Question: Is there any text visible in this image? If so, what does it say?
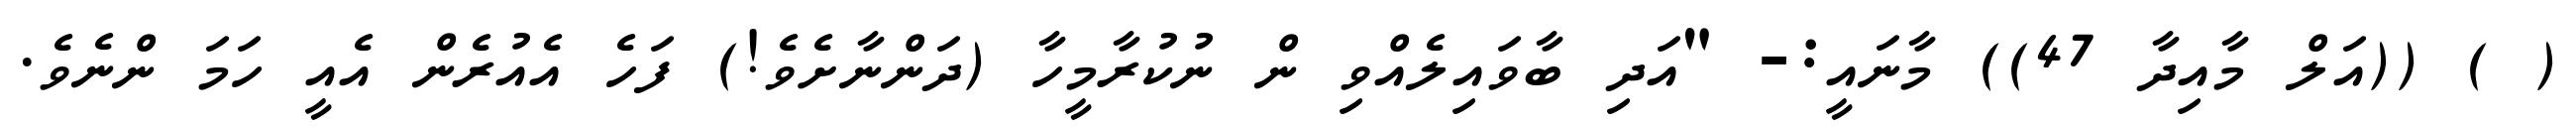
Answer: ( ) ((އަލް މާއިދާ 47)) މާނައީ:- "އަދި ބާވައިލެއްވި ން ނުކުރާމީހާ (ދަންނާށެވެ!) ފަހެ އެއުރެން އެއީ ހަމަ ންނެވެ.